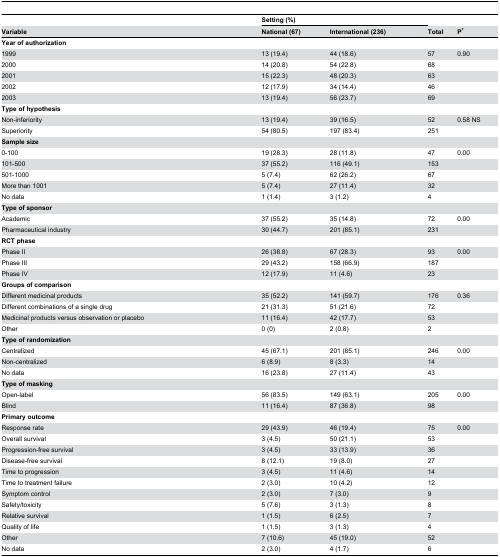
<table><thead><tr><td></td><td></td><td colspan="2"><b>Setting (%)</b></td><td></td><td></td></tr><tr><td><b>Variable</b></td><td></td><td><b>National (67)</b></td><td><b>International (236)</b></td><td><b>Total</b></td><td><b>P*</b></td></tr></thead><tbody><tr><td colspan="6"><b>Year of authorization</b></td></tr><tr><td colspan="2">1999</td><td>13 (19.4)</td><td>44 (18.6)</td><td>57</td><td>0.90</td></tr><tr><td colspan="2">2000</td><td>14 (20.8)</td><td>54 (22.8)</td><td>68</td><td></td></tr><tr><td colspan="2">2001</td><td>15 (22.3)</td><td>48 (20.3)</td><td>63</td><td></td></tr><tr><td colspan="2">2002</td><td>12 (17.9)</td><td>34 (14.4)</td><td>46</td><td></td></tr><tr><td colspan="2">2003</td><td>13 (19.4)</td><td>56 (23.7)</td><td>69</td><td></td></tr><tr><td colspan="6"><b>Type of hypothesis</b></td></tr><tr><td colspan="2">Non-inferiority</td><td>13 (19.4)</td><td>39 (16.5)</td><td>52</td><td>0.58 NS</td></tr><tr><td colspan="2">Superiority</td><td>54 (80.5)</td><td>197 (83.4)</td><td>251</td><td></td></tr><tr><td colspan="6"><b>Sample size</b></td></tr><tr><td colspan="2">0-100</td><td>19 (28.3)</td><td>28 (11.8)</td><td>47</td><td>0.00</td></tr><tr><td colspan="2">101-500</td><td>37 (55.2)</td><td>116 (49.1)</td><td>153</td><td></td></tr><tr><td colspan="2">501-1000</td><td>5 (7.4)</td><td>62 (26.2)</td><td>67</td><td></td></tr><tr><td colspan="2">More than 1001</td><td>5 (7.4)</td><td>27 (11.4)</td><td>32</td><td></td></tr><tr><td colspan="2">No data</td><td>1 (1.4)</td><td>3 (1.2)</td><td>4</td><td></td></tr><tr><td colspan="6"><b>Type of sponsor</b></td></tr><tr><td colspan="2">Academic</td><td>37 (55.2)</td><td>35 (14.8)</td><td>72</td><td>0.00</td></tr><tr><td colspan="2">Pharmaceutical industry</td><td>30 (44.7) </td><td>201 (85.1) </td><td>231</td><td></td></tr><tr><td colspan="6"><b>RCT phase</b></td></tr><tr><td colspan="2">Phase II</td><td>26 (38.8)</td><td>67 (28.3)</td><td>93</td><td>0.00</td></tr><tr><td colspan="2">Phase III </td><td>29 (43.2)</td><td>158 (66.9)</td><td>187</td><td></td></tr><tr><td colspan="2">Phase IV</td><td>12 (17.9)</td><td>11 (4.6)</td><td>23</td><td></td></tr><tr><td colspan="6"><b>Groups of comparison</b></td></tr><tr><td colspan="2">Different medicinal products </td><td>35 (52.2)</td><td>141 (59.7)</td><td>176</td><td>0.36</td></tr><tr><td colspan="2">Different combinations of a single drug</td><td>21 (31.3)</td><td>51 (21.6)</td><td>72</td><td></td></tr><tr><td colspan="2">Medicinal products versus observation or placebo</td><td>11 (16.4)</td><td>42 (17.7)</td><td>53</td><td></td></tr><tr><td colspan="2">Other</td><td>0 (0)</td><td>2 (0.8)</td><td>2</td><td></td></tr><tr><td colspan="6"><b>Type of randomization</b></td></tr><tr><td colspan="2">Centralized</td><td>45 (67.1)</td><td>201 (85.1)</td><td>246</td><td>0.00</td></tr><tr><td colspan="2">Non-centralized</td><td>6 (8.9)</td><td>8 (3.3)</td><td>14</td><td></td></tr><tr><td colspan="2">No data</td><td>16 (23.8)</td><td>27 (11.4)</td><td>43</td><td></td></tr><tr><td colspan="6"><b>Type of masking</b></td></tr><tr><td colspan="2">Open-label</td><td>56 (83.5)</td><td>149 (63.1)</td><td>205</td><td>0.00</td></tr><tr><td colspan="2">Blind</td><td>11 (16.4)</td><td>87 (36.8)</td><td>98</td><td></td></tr><tr><td colspan="6"><b>Primary outcome</b></td></tr><tr><td colspan="2">Response rate</td><td>29 (43.9)</td><td>46 (19.4)</td><td>75</td><td>0.00</td></tr><tr><td colspan="2">Overall survival</td><td>3 (4.5)</td><td>50 (21.1)</td><td>53</td><td></td></tr><tr><td colspan="2">Progression-free survival</td><td>3 (4.5)</td><td>33 (13.9)</td><td>36</td><td></td></tr><tr><td colspan="2">Disease-free survival</td><td>8 (12.1)</td><td>19 (8.0)</td><td>27</td><td></td></tr><tr><td colspan="2">Time to progression</td><td>3 (4.5)</td><td>11 (4.6)</td><td>14</td><td></td></tr><tr><td colspan="2">Time to treatment failure</td><td>2 (3.0)</td><td>10 (4.2)</td><td>12</td><td></td></tr><tr><td colspan="2">Symptom control</td><td>2 (3.0)</td><td>7 (3.0)</td><td>9</td><td></td></tr><tr><td colspan="2">Safety/toxicity</td><td>5 (7.6)</td><td>3 (1.3)</td><td>8</td><td></td></tr><tr><td colspan="2">Relative survival</td><td>1 (1.5)</td><td>6 (2.5)</td><td>7</td><td></td></tr><tr><td colspan="2">Quality of life</td><td>1 (1.5)</td><td>3 (1.3)</td><td>4</td><td></td></tr><tr><td colspan="2">Other</td><td>7 (10.6)</td><td>45 (19.0)</td><td>52</td><td></td></tr><tr><td colspan="2">No data</td><td>2 (3.0)</td><td>4 (1.7)</td><td>6</td><td></td></tr></tbody></table>